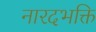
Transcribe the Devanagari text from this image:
नारदभक्ति